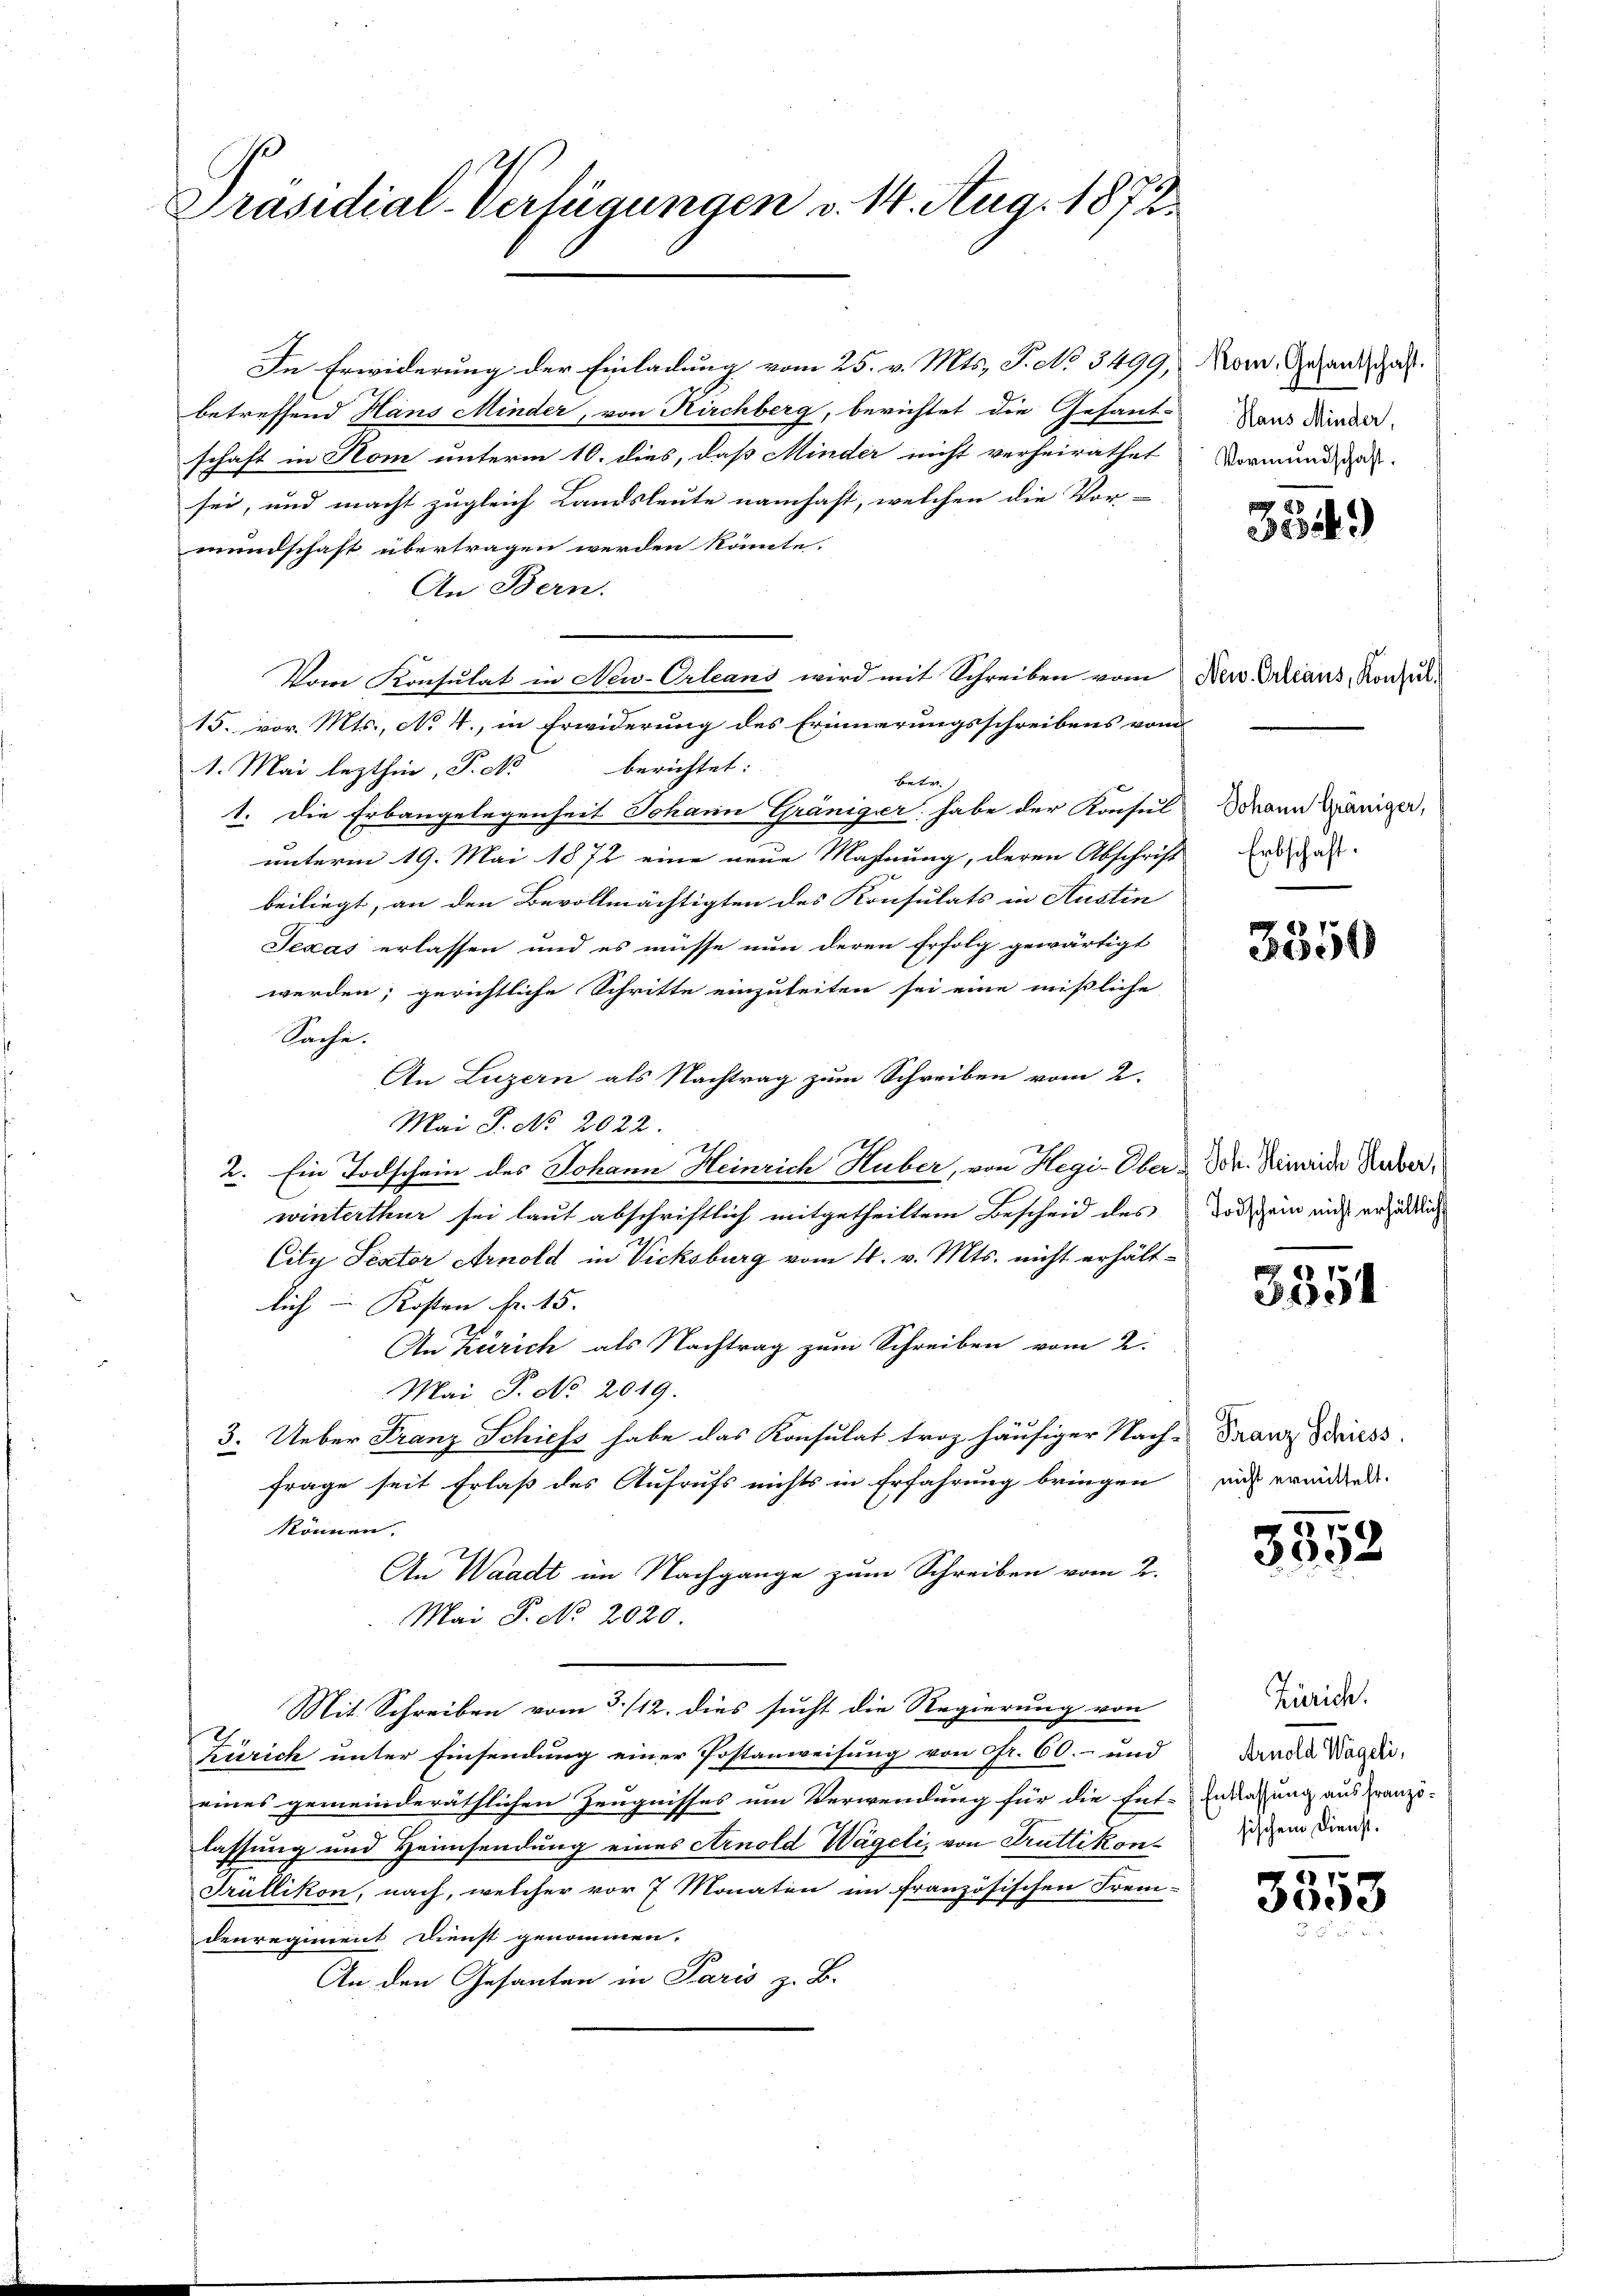
Präsidial-Verfügungen v. 14. Aug. 1873.

In Erwiderung der Einladung vom 25. v. Mts., P. No 3499, Mon. Gesandschaf
betreffend Hans Minder, von Kirchberg, berichtet die Gesant-
schaft in Rom unterm 10. dies, daß Minder nicht verheirathet
sei, und macht zugleich Landsleute namhaft, welchen die Vor-
mundschaft übertragen werden könnte.
An Bern.
Vom Konsulat in New-Orleans wird mit Schreiben vom Neu Orleans, Konsul¬
15. vor. Mts., No 4., in Erwiderung des Erinnerungsschreibens vom
1. Mai lezthin, P. Nr. berichtet:
betr.
1. Die Erbaugelegenheit Johann Gräniger habe der Konsul Mann Maniger,
unterm 19. Mai 1872 eine neue Mahnung, deren Abschrift der das
beiliegt, an den Bevollmächtigten des Konsulats in Austin
Texas erlassen und es müsse nun deren Erfolg gewärtigt
werden; gerichtliche Schritte einzuleiten sei eine mißliche
Sache.
An Luzern als Nachtrag zum Schreiben vom 2.
Mai P. No. 2022.
211
2. Ein Todschein des Johann Heinrich Huber, von Hegi-Ober & Dr. Hinweide Huber,
winterthur sei laut abschriftlich mitgetheiltem Bescheid des
City Pistor Arnold in Vicksburg vom 4. v. Mts. nicht erhältlich Kosten Fr. 15.
An Zürich als Nachtrag zum Schreiben vom 2.
Mai S. No 2019.
3. Ueber Franz Schiefs habe das Konsulat troz häufiger Nach-
frage seit Erlaß des Aufrufs nichts in Erfahrung bringen
können.
An Waadt im Nachgange zum Schreiben vom 2.
Mai P. No. 2020.
Mit Schreiben vom 3. /12. dies sucht die Regierung von
2
Zürich unter Einsendung einer Postanweisung von Fr. 60.- und
eines gemeinderäthlichen Zeugnisses um Verwendung für die Ent-Endingung aus franzi-
lassung und Heimsendung eines Arnold Wägeli, von Truttikon¬
Trüllikon, nach, welcher vor 7 Monaten im französischen Frem-
denregiment Dienst genommen.
An den Gesanten in Paris z. B.

Haus Minder,
Vormundschaft.

334)

3550

Todschein nicht erhältlich

3351

Franz Schiess.
nicht ermittelt.

3552

Zürich.
Arnold Wägeli,
sischem Dienst.

3
3053